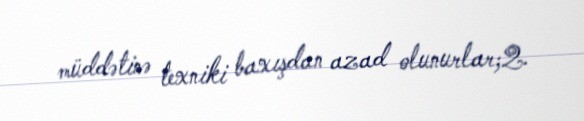
müddətinə texniki baxışdan azad olunurlar;2.